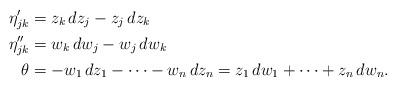
LaTeX: \begin{align*}\eta'_{jk}&= z_k\,dz_j-z_j \,dz_k \\\eta''_{jk} &= w_k\,dw_j-w_j \,dw_k\\\theta &= -w_1\, dz_1-\cdots-w_n\, dz_n= z_1\, dw_1+\cdots+z_n\,dw_n. \end{align*}